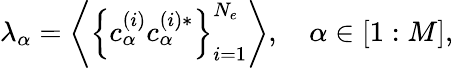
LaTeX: \begin{array}{r}{\lambda_{\alpha}=\left\langle\left\{ c_{\alpha}^{(i)}c_{\alpha}^{(i)*}\right\} _{i=1}^{N_{e}}\right\rangle,\quad\alpha\in[1:M],}\end{array}